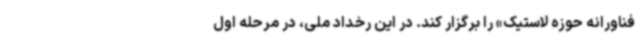
فناورانه حوزه لاستیک» را برگزار کند. در این رخداد ملی، در مرحله اول